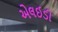
એલઈડી